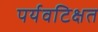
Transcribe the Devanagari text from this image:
पर्यवटिक्षत